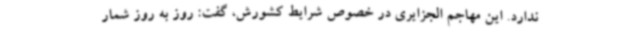
ندارد. این مهاجم الجزایری در خصوص شرایط کشورش، گفت: روز به روز شمار